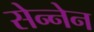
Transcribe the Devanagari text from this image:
सेन्नेन